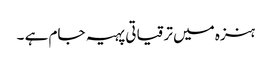
ہنزہ میں ترقیاتی پہیہ جام ہے ۔